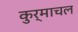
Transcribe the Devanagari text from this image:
कुर्माचल